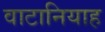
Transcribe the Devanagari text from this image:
वाटानियाह